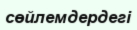
сөйлемдердегі